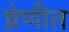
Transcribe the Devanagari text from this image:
ष्रेणीत